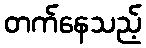
တက်နေသည့်